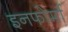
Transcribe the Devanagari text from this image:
इनफोर्मा